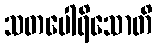
သတပေါရိသောတိ